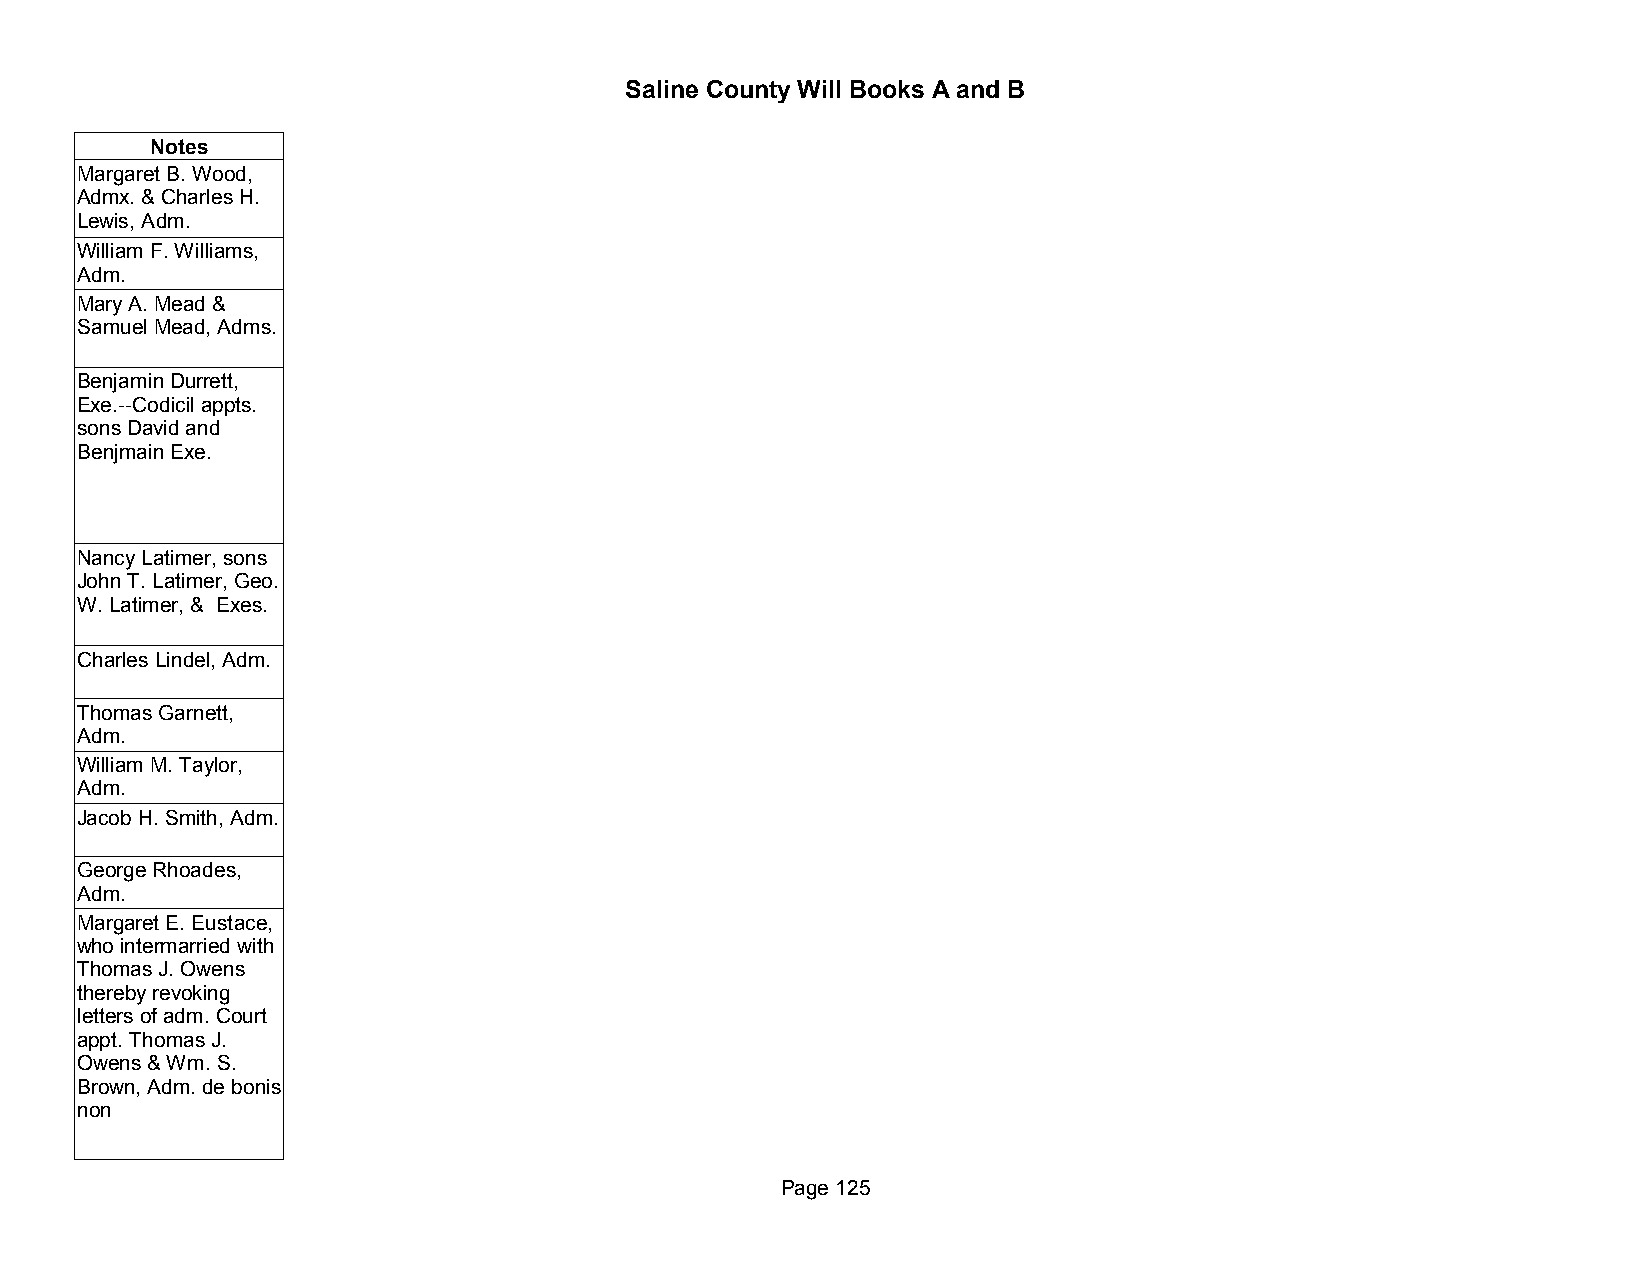
Saline County Will Books A and B
 Notes
 Margaret B. Wood,
 Admx. & Charles H.
 Lewis, Adm.
 William F. Williams,
 Adm.
 Mary A. Mead &
 Samuel Mead, Adms.
 Benjamin Durrett,
 Exe.--Codicil appts.
 sons David and
 Benjmain Exe.
 Nancy Latimer, sons
 John T. Latimer, Geo.
 W. Latimer, & Exes.
 Charles Lindel, Adm.
 Thomas Garnett,
 Adm.
 William M. Taylor,
 Adm.
 Jacob H. Smith, Adm.
 George Rhoades,
 Adm.
 Margaret E. Eustace,
 who intermarried with
 Thomas J. Owens
 thereby revoking
 letters of adm. Court
 appt. Thomas J.
 Owens & Wm. S.
 Brown, Adm. de bonis
 non
 Page 125